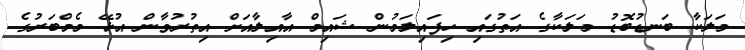
މަލަކާ ބަނޑުބޮޑު މަލަކާގެ އަތުގައި ހިފައިލަމުން ޝައިމް އާއިލާއަށް އިތުރުވާން އުޅޭ މެމްބަރުގެ